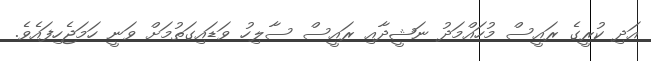
އަދި ކުރީގެ ރައީސް މުހައްމަދު ނަޝީދާއި ރައީސް ސާލިހު ވަޑައިގަތުމަށް ވަނީ ހަމަޖެހިފައެވެ.